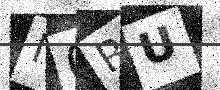
Text: N0RU